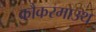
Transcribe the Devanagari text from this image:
कौकरमाउथ